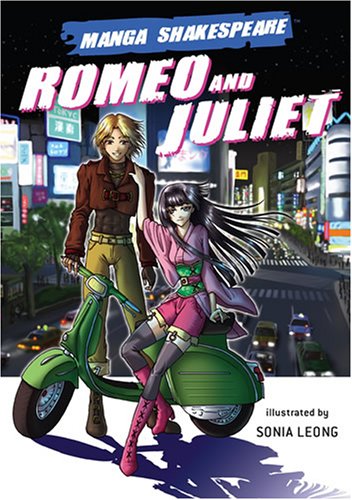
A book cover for Manga Shakespeare: Romeo and Juliet; William Shakespeare; Literature & Fiction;